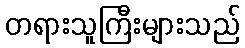
တရားသူကြီးများသည်